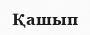
Қашып